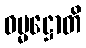
ဓမ္မဋ္ဌောတိ